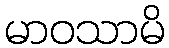
မာဝသာမိ